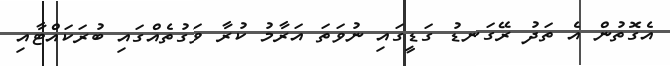
އެގޮތުން އެ ތަދު ރޭގަނޑު ގަޑީގައި ނުވަތަ އަރާމު ކުރާ ވަގުތެއްގައި ބުރަކައްޓާއި